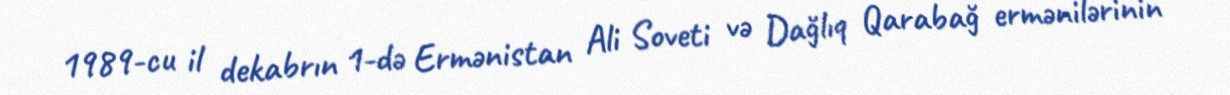
1989-cu il dekabrın 1-də Ermənistan Ali Soveti və Dağlıq Qarabağ ermənilərinin